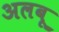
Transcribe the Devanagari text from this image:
अलबू